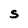
Character: S